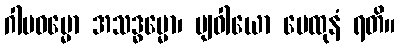
ဂါမဓမ္မော အသဒ္ဓမ္မော၊ ဗျဝါယော မေထုနံ ရတိ။